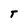
Character: T